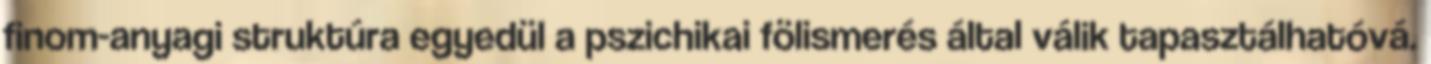
finom-anyagi struktúra egyedül a pszichikai fölismerés által válik tapasztálhatóvá.